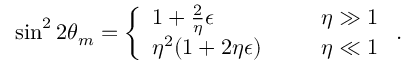
\sin ^ { 2 } 2 \theta _ { m } = \left\{ \begin{array} { l l } { { 1 + \frac { 2 } { \eta } \epsilon \ \ \ \ } } & { { \eta \gg 1 } } \\ { { \eta ^ { 2 } ( 1 + 2 \eta \epsilon ) \ \ \ \ \ } } & { { \eta \ll 1 } } \end{array} \right. .